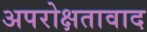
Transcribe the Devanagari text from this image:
अपरोक्षतावाद